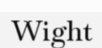
Wight